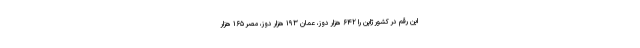
این رقم در کشور ژاپن را ۶۴۲ هزار دوز، عمان ۱۹۳ هزار دوز، مصر ۱۶۵ هزار